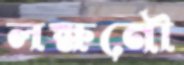
লক্ষনৌ